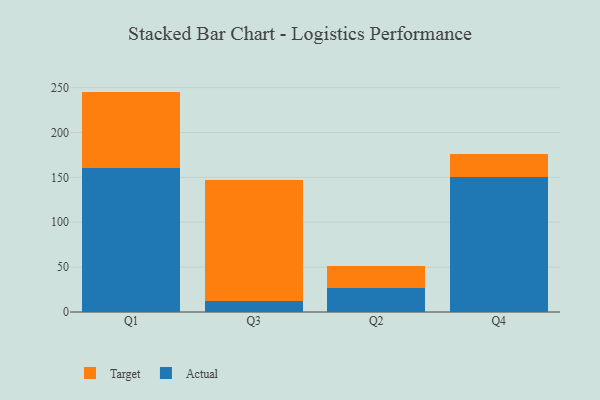
{"axis": {"x": "Quarter", "y": "Net Income (USD K)"}, "legend": ["Actual", "Target"], "data": [{"x": "Q1", "y": 160.8, "type": "Actual"}, {"x": "Q1", "y": 84.8, "type": "Target"}, {"x": "Q3", "y": 11.8, "type": "Actual"}, {"x": "Q3", "y": 135.7, "type": "Target"}, {"x": "Q2", "y": 27.1, "type": "Actual"}, {"x": "Q2", "y": 24.3, "type": "Target"}, {"x": "Q4", "y": 150.7, "type": "Actual"}, {"x": "Q4", "y": 25.9, "type": "Target"}]}